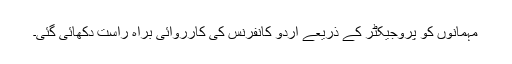
مہمانوں کو پروجیکٹر کے ذریعے اُردو کانفرنس کی کارروائی براہِ راست دکھائی گئی۔